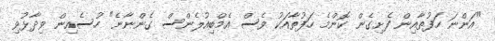
"އަންނަ ހަފުތާއިން ފެށިގެން ކޮންމެ ހަފުތާއަކު ވެސް އެމްބިއުލެންސް ގެންނާނެ" ހުސެއިން ވިދާޅުވި